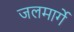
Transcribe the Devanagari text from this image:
जलमार्गे